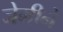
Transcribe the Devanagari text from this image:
जेमीने